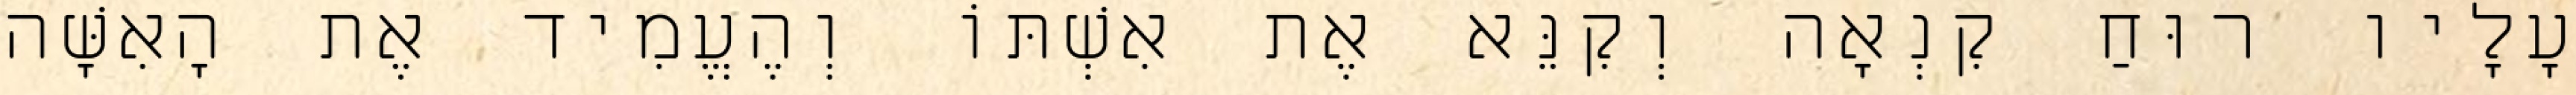
עָלָיו רוּחַ קִנְאָה וְקִנֵּא אֶת אִשְׁתּוֹ וְהֶעֱמִיד אֶת הָאִשָּׁה